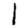
Digit: 1